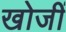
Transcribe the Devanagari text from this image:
खोजीं